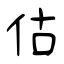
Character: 估